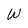
Character: W